Report of the Municipal Commissioner on the plague in Bombay for the year ending 31st May... - Volume 2
Disease focus: Plague
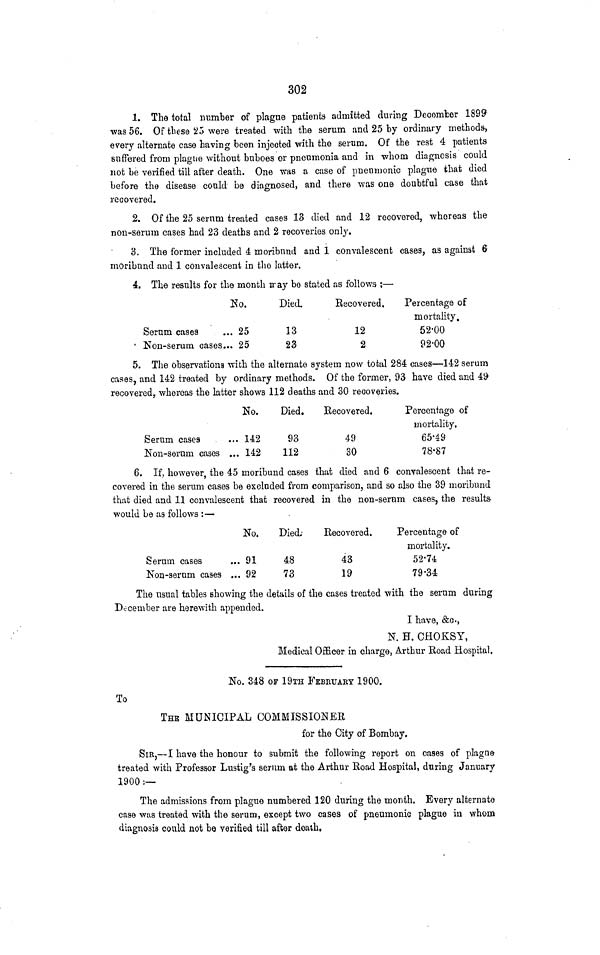
302
1. The total number of plague patients admitted during December 189$
was 56. Of tliese 25 were treated with the serum and 25 by ordinary methods,
every alternate case having been injected with the serum. Of the rest 4 patients
suffered from plague without buboes or pneumonia and in whom diagnosis could
not be verified till after death. One was a case of pneumonic plagTie that died
before the disease could be diagnosed, and there was one doubtful case that
recovered.
2. Of the 25 serum treated cases 13 died and 12 recovered, whereas the
non-serum cases had 23 deaths and 2 recoveries only.
3. The former included 4 moribund and 1 convalescent cases, as against 6
moribund and I convalescent in the latter.
4. The results for the month IT ay be stated as follows ;—
No.
Serum cases
4 Non-serum cases...
25
25
Died.
13
23
Recovered.
12
2
Percentage of
mortality.
52-00
92-00
5. The observations with the alternate system now total 284 cases—142 serum
cases, and 142 treated by ordinary methods. Of the former, 93 have died and 49
recovered, whereas the latter shows 112 deaths and 30 recoveries.
Serum cases
Non-serum cases
No.
... 142
... 142
Died.
93
112
Recovered.
49
SO
Percentage of
mortality.
65-49
78-87
6. If, however, the 45 moribund cases that died and 6 convalescent that re-
covered in the serum cases be excluded from comparison, and so also the 39 moribund
that died and H convalescent that recovered in the non-serum cases, the results
would be as follows :—
Serum cases
Non-serum cases
No.
... 91
... 92
Died;
48
73
Recovered.
43
19
Percentage of
mortality.
52-74
79-34
The usual tables showing the details of the cases treated with the serum during
December are herewith appended.
I have, &o.,
N. H. OHOKSY,
Medical Officer In charge, Arthur Road Hospital.
No. 348 OF 19iH FEBRUARY 1900.
To
THE MUNICIPAL COMMISSIONER
for the City of Bombay.
SIR,— I have the honour to submit the following report on cases of plagna
treated with Professor Lustig's serum at the Arthur Road Hospital, during January
1900 :—
The admissions from plague numbered 120 during the month. Every alternate
case was treated with the serum, except two cases of pneumonic plague in whom
diagnosis could not be verified till after death.